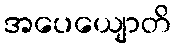
အပေယျောတိ